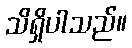
သိရှိပါသည်။